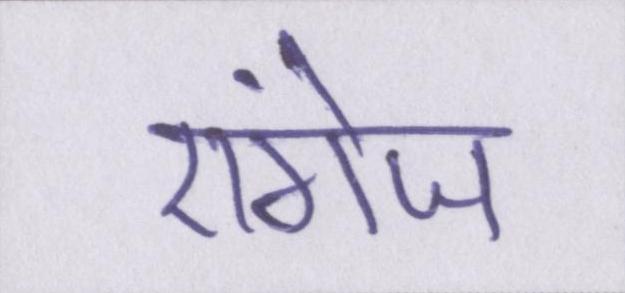
एंगेज